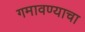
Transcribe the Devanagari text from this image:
गमावण्याचा